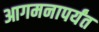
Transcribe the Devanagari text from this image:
आगमनापर्यंत